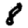
Digit: 8